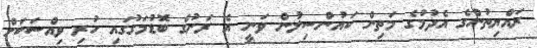
ރައްޔިތުންގެ އެދުމުގެ މަތިން ކައުންސިލުން ވަނީ އެ ރަށުގެ ބޮޑުމަގުގައި ހުރި ވިއްސަކަށް